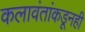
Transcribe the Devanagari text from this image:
कलावंतांकडूनही